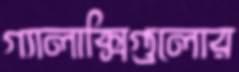
গ্যালাক্সিগুলোর